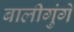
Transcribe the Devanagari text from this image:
बालीगुंगे